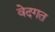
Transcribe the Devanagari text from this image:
वेदगत